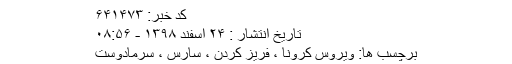
کد خبر: ۶۴۱۴۷۳
تاریخ انتشار : ۲۴ اسفند ۱۳۹۸ - ۰۸:۵۶
برچسب ها: ویروس کرونا ، فریز کردن ، سارس ، سرمادوست